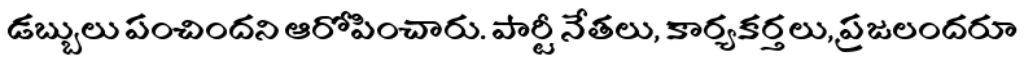
డబ్బులు పంచిందని ఆరోపించారు. పార్టీ నేతలు, కార్యకర్తలు, ప్రజలందరూ